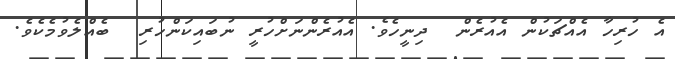
އެ ހުރިހާ އެއްޗަކުން އެއުރެން  ދިނީހެވެ. އެއުރެންނަށްހުރީ ނުބައިކަންހުރި  ބެއްލެވުމެކެވެ.